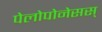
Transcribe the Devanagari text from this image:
पेलोपोनेसस्‌